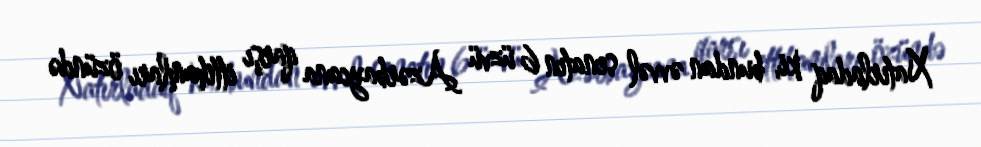
Xatırladaq ki, bundan əvvəl senatın 6 üzvü Azərbaycana qarşı ittihamları özündə